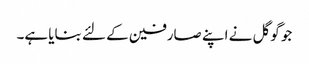
جو گوگل نے اپنے صارفین کے لئے بنایا ہے۔